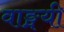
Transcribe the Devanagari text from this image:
वाङ्मयी